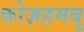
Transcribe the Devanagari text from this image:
कोज़हमबु